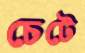
চেটে